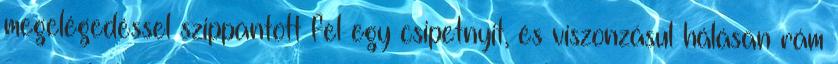
megelégedéssel szippantott fel egy csipetnyit, és viszonzásul hálásan rám